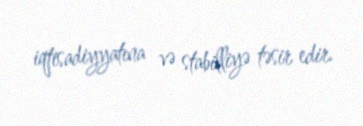
iqtisadiyyatına və stabilliyə təsir edir.